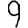
Digit: 9